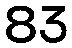
83